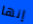
إنها